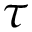
\tau